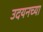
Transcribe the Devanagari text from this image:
उदयनच्या